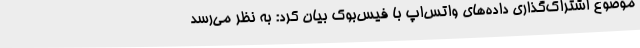
موضوع اشتراک‌گذاری داده‌های واتس‌اپ با فیس‌بوک بیان کرد: به نظر می‌رسد